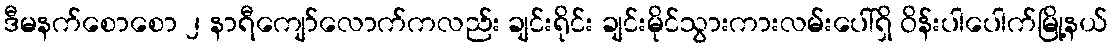
ဒီမနက်စောစော ၂ နာရီကျော်လောက်ကလည်း ချင်းရိုင်း ချင်းမိုင်သွားကားလမ်းပေါ်ရှိ ဝိန်းပါပေါက်မြို့နယ်